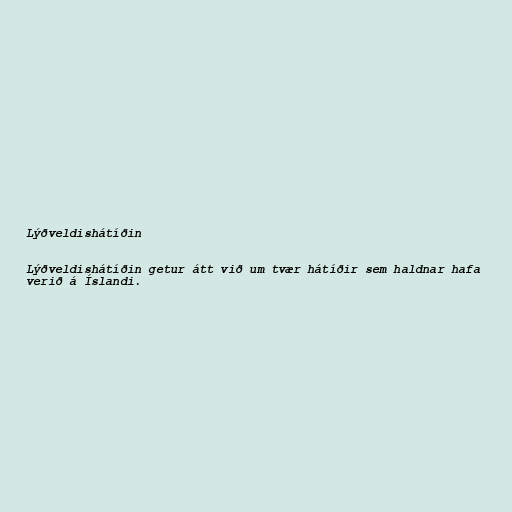
Lýðveldishátíðin

Lýðveldishátíðin getur átt við um tvær hátíðir sem haldnar hafa
verið á Íslandi.